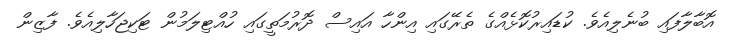
އޮބާލާފައި ބުނެލިއެވެ. ކުޑައިރުކޮޅެއްގެ ތެރޭގައި އިންހާ އައިސް ދޮރުމަތީގައި ހުއްޓިލަމުން ޓަކިޖަހާލިއެވެ. ފާޒިން